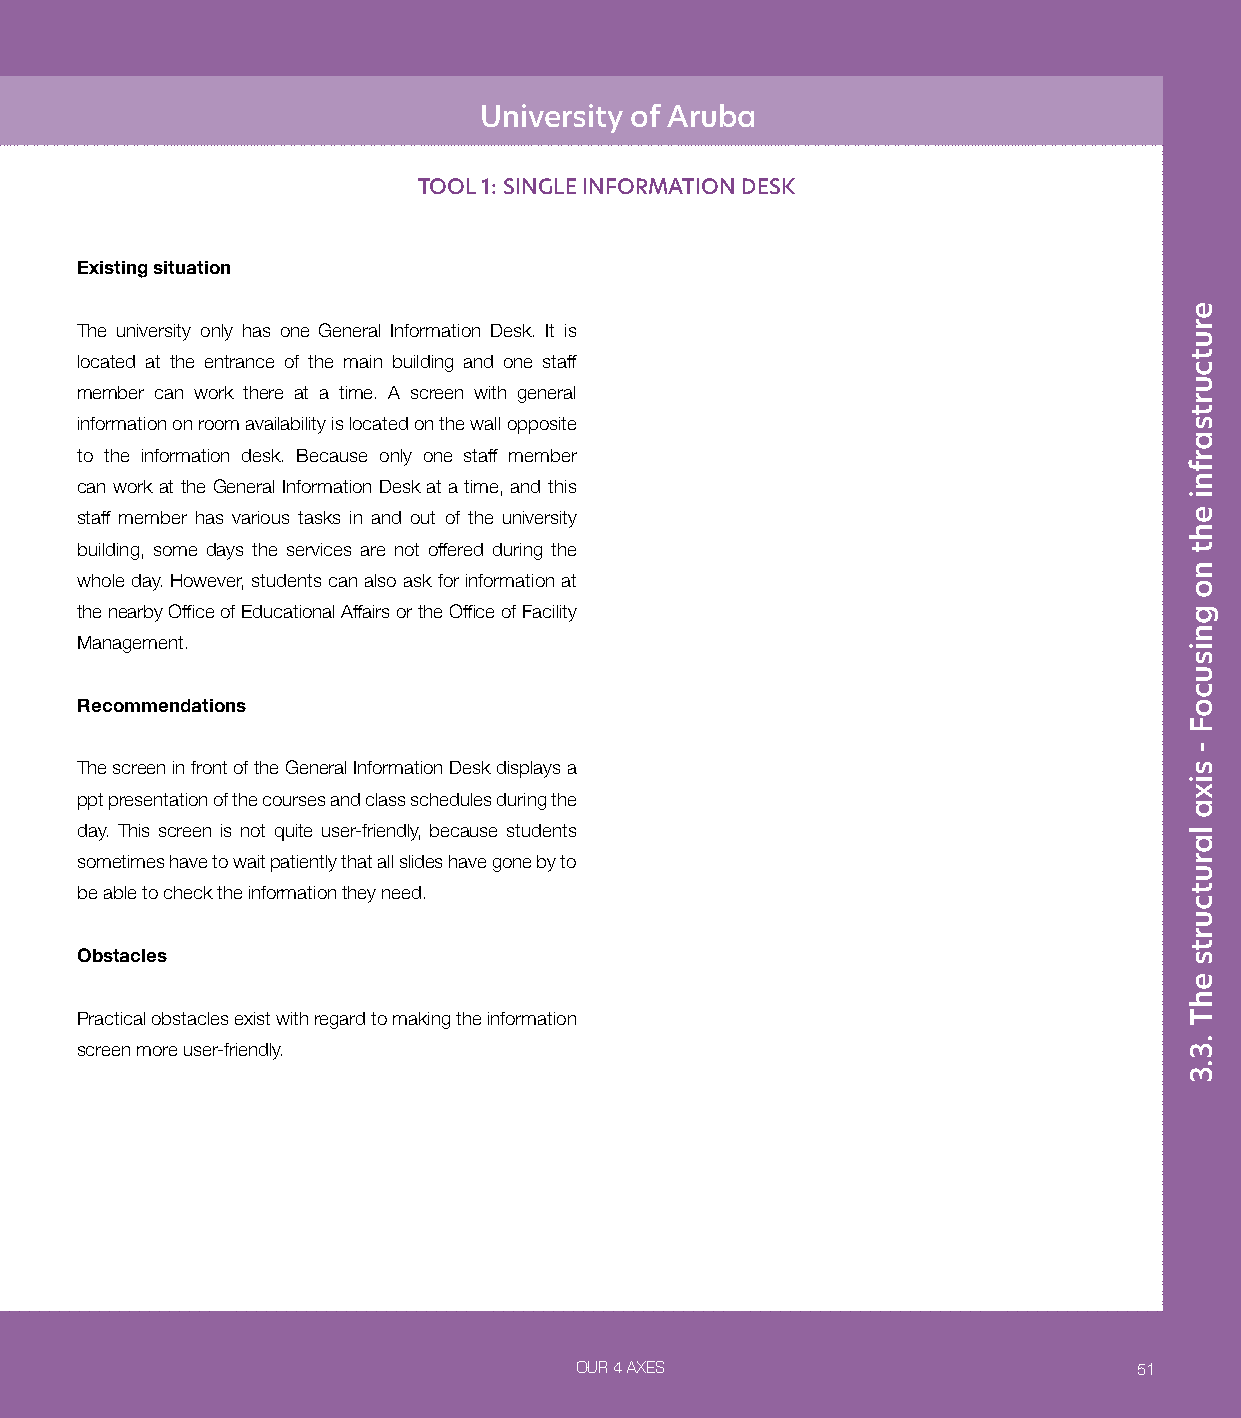
University of Aruba
 TOOL 1: SINGLE INFORMATION DESK
 Existing situation
 The university only has one General Information Desk. It is
 located at the entrance of the main building and one staff
 member can work there at a time. A screen with general
 information on room availability is located on the wall opposite
 to the information desk. Because only one staff member
 can work at the General Information Desk at a time, and this
 staff member has various tasks in and out of the university
 building, some days the services are not offered during the
 whole day. However, students can also ask for information at
 the nearby Office of Educational Affairs or the Office of Facility
 Management.
 Recommendations
 The screen in front of the General Information Desk displays a
 ppt presentation of the courses and class schedules during the
 day. This screen is not quite user-friendly, because students
 sometimes have to wait patiently that all slides have gone by to
 be able to check the information they need.
 Obstacles
 Practical obstacles exist with regard to making the information
 screen more user-friendly.
 OUR 4 AXES                           51
 erutcurtsarfni
 eht
 no
 gnisucoF
 -
 sixa
 larutcurts
 ehT
 .3.3